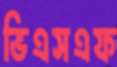
ভিএসএফ